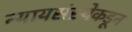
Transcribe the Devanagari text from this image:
न्यायसंस्थेकडून